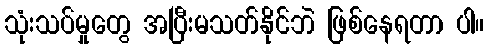
သုံးသပ်မှုတွေ အပြီးမသတ်နိုင်ဘဲ ဖြစ်နေရတာ ပါ။